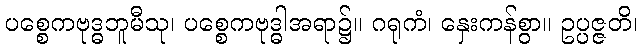
ပစ္စေကဗုဒ္ဓဘူမီသု၊ ပစ္စေကဗုဒ္ဓါအရာ၌။ ဂရုကံ၊ နှေးကန်စွာ။ ဥပ္ပဇ္ဇတိ၊